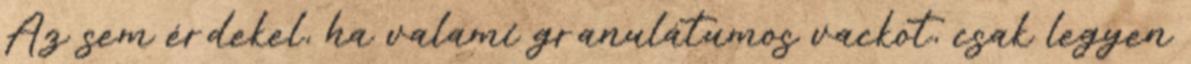
Az sem érdekel, ha valami granulátumos vackot, csak legyen